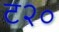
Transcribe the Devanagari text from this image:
ट२०